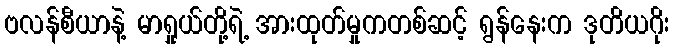
ဗလန်စီယာနဲ့ မာရှုယ်တို့ရဲ့ အားထုတ်မှုကတစ်ဆင့် ရွန်နေးက ဒုတိယဂိုး